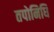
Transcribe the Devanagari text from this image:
तपोनिधि